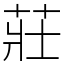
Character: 莊